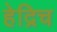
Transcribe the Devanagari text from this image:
हेद्रिच